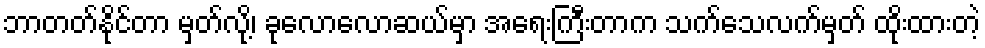
ဘာတတ်နိုင်တာ မှတ်လို့၊ ခုလောလောဆယ်မှာ အရေးကြီးတာက သက်သေလက်မှတ် ထိုးထားတဲ့